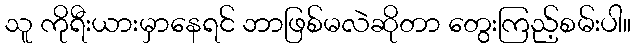
သူ ကိုရီးယားမှာနေရင် ဘာဖြစ်မလဲဆိုတာ တွေးကြည့်စမ်းပါ။